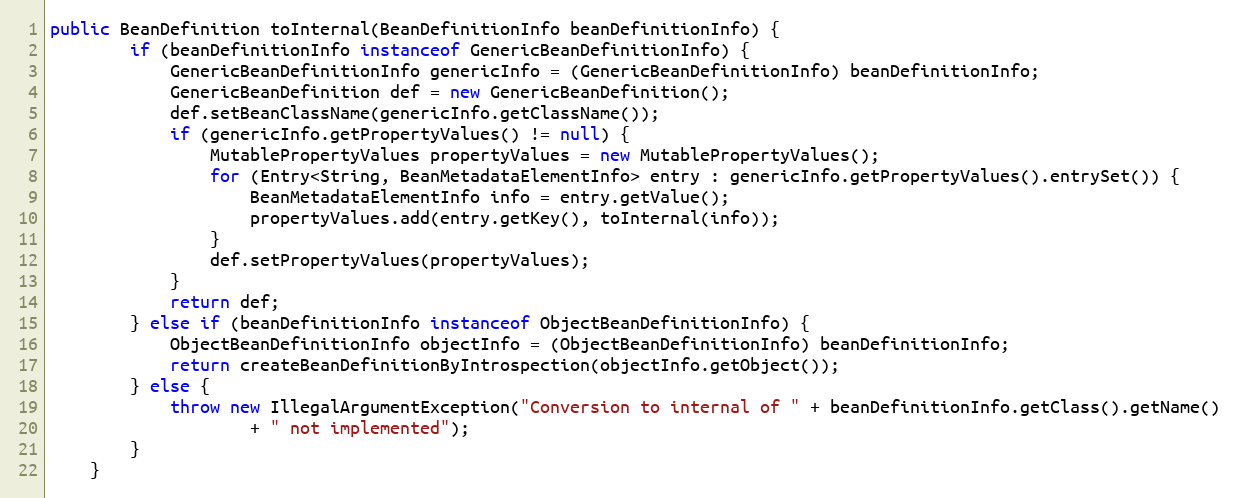
Language: Java
public BeanDefinition toInternal(BeanDefinitionInfo beanDefinitionInfo) {
		if (beanDefinitionInfo instanceof GenericBeanDefinitionInfo) {
			GenericBeanDefinitionInfo genericInfo = (GenericBeanDefinitionInfo) beanDefinitionInfo;
			GenericBeanDefinition def = new GenericBeanDefinition();
			def.setBeanClassName(genericInfo.getClassName());
			if (genericInfo.getPropertyValues() != null) {
				MutablePropertyValues propertyValues = new MutablePropertyValues();
				for (Entry<String, BeanMetadataElementInfo> entry : genericInfo.getPropertyValues().entrySet()) {
					BeanMetadataElementInfo info = entry.getValue();
					propertyValues.add(entry.getKey(), toInternal(info));
				}
				def.setPropertyValues(propertyValues);
			}
			return def;
		} else if (beanDefinitionInfo instanceof ObjectBeanDefinitionInfo) {
			ObjectBeanDefinitionInfo objectInfo = (ObjectBeanDefinitionInfo) beanDefinitionInfo;
			return createBeanDefinitionByIntrospection(objectInfo.getObject());
		} else {
			throw new IllegalArgumentException("Conversion to internal of " + beanDefinitionInfo.getClass().getName()
					+ " not implemented");
		}
	}